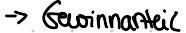
-> Gewinnanteil